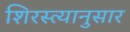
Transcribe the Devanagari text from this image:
शिरस्त्यानुसार